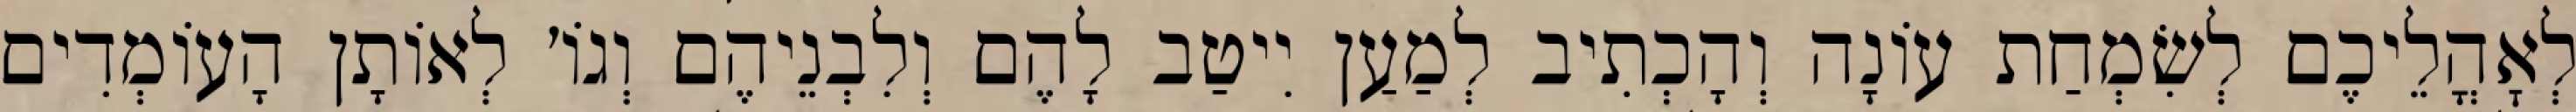
לְאׇהֳלֵיכֶם לְשִׂמְחַת עוֹנָה וְהָכְתִיב לְמַעַן יִיטַב לָהֶם וְלִבְנֵיהֶם וְגוֹ׳ לְאוֹתָן הָעוֹמְדִים